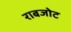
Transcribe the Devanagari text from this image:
राबजोट